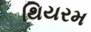
થિયરમ